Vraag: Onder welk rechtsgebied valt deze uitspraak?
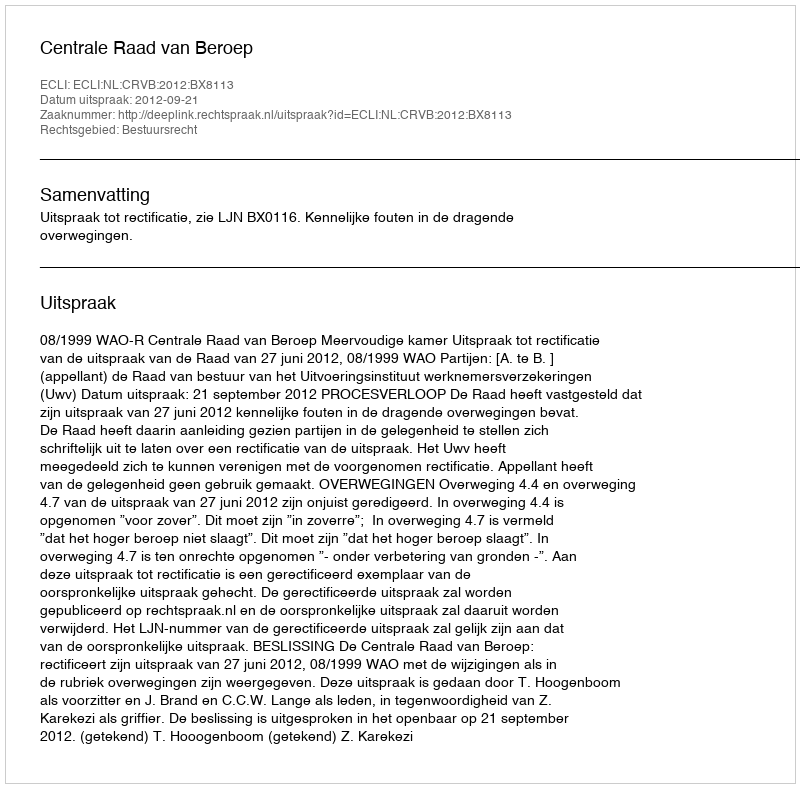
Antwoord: Bestuursrecht